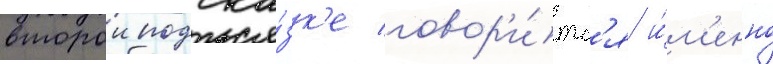
второи подска́зк'е говор'и́тс'я и́м'енно